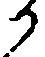
か